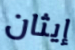
إيثان